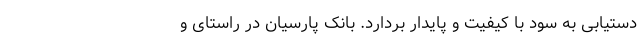
دستیابی به سود با کیفیت و پایدار بردارد. بانک پارسیان در راستای و